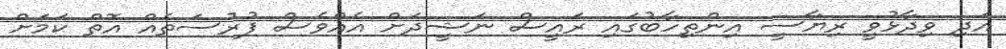
އަދި ވިދާޅުވީ ރިޔާސީ އިންތިހާބުގައި ރައީސް ނަޝީދަށް އެއްވެސް ފުރުސަތެއް އޮތް ކަމަށް